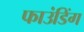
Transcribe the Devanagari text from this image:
फाउंडिंग